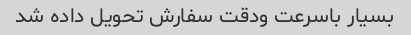
بسیار باسرعت ودقت سفارش تحویل داده شد